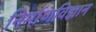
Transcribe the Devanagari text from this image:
निर्माणविज्ञान